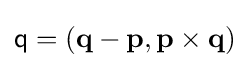
{\mathsf {q}}=(\mathbf {q} -\mathbf {p} ,\mathbf {p} \times \mathbf {q} )